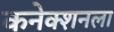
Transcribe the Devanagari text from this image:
कनेक्शनला